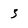
Character: 3